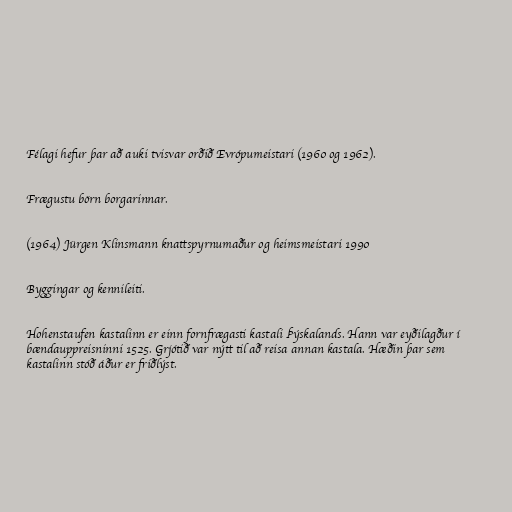
Félagi hefur þar að auki tvisvar orðið Evrópumeistari (1960 og 1962).

Frægustu börn borgarinnar.

(1964) Jürgen Klinsmann knattspyrnumaður og heimsmeistari 1990

Byggingar og kennileiti.

Hohenstaufen kastalinn er einn fornfrægasti kastali Þýskalands. Hann var eyðilagður í
bændauppreisninni 1525. Grjótið var nýtt til að reisa annan kastala. Hæðin þar sem
kastalinn stóð áður er friðlýst.